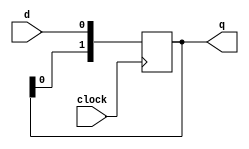
`timescale 1ns / 1ps
//////////////////////////////////////////////////////////////////////////////////
// Company: 
// Engineer: 
// 
// Design Name: 
// Module Name: shiftB
// Project Name: 
// Target Devices: 
// Tool Versions: 
// Description: 
// 
// Dependencies: 
// 
// Revision:
// Revision 0.01 - File Created
// Additional Comments:
// 
//////////////////////////////////////////////////////////////////////////////////


module shiftB(q,clock,d);
    output [1:0] q;
    input clock,d;
    reg [1:0] q;
    always @(posedge clock)
        begin
            q[0]<=d;
            q[1]<=q[0];
        end
endmodule